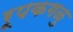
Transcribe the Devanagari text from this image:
रूपकगळु